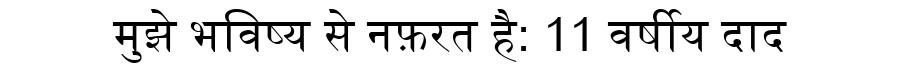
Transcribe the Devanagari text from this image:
मुझे भविष्य से नफ़रत है: 11 वर्षीय दाद